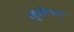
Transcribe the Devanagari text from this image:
लुकीच्या